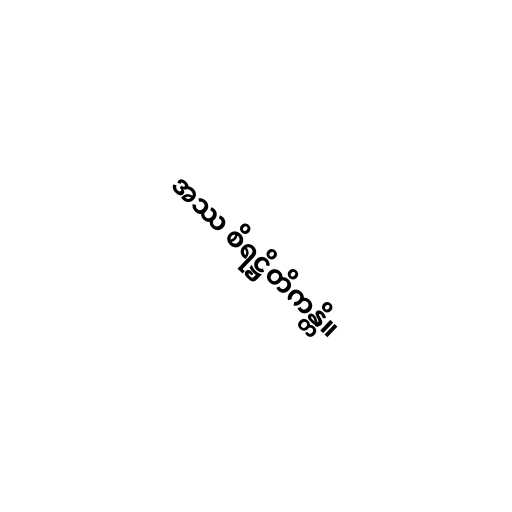
အဿ စိရဋ္ဌိတိကန္တိ။